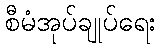
စီမံအုပ်ချုပ်ရေး